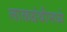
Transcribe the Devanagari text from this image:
लाळग्रंथीमध्ये